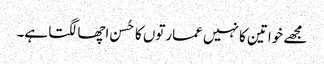
مجھے خواتین کا نہیں عمارتوں کا حُسن اچھا لگتا ہے۔